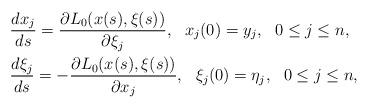
LaTeX: \begin{align*} &\frac{dx_j}{ds}=\frac {\partial L_0(x(s),\xi(s))}{\partial \xi_j},\ \ x_j(0)=y_j, \ \ 0\leq j\leq n,\\&\frac{d\xi_j}{ds}=-\frac {\partial L_0(x(s),\xi(s))}{\partial x_j},\ \ \xi_j(0)=\eta_j, \ \ 0\leq j\leq n,\end{align*}